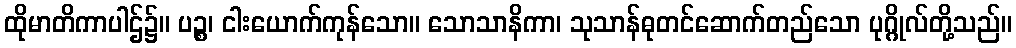
ထိုမာတိကာပါဌ်၌။ ပဉ္စ၊ ငါးယောက်ကုန်သော။ သောသာနိကာ၊ သုသာန်ဓုတင်ဆောက်တည်သော ပုဂ္ဂိုလ်တို့သည်။